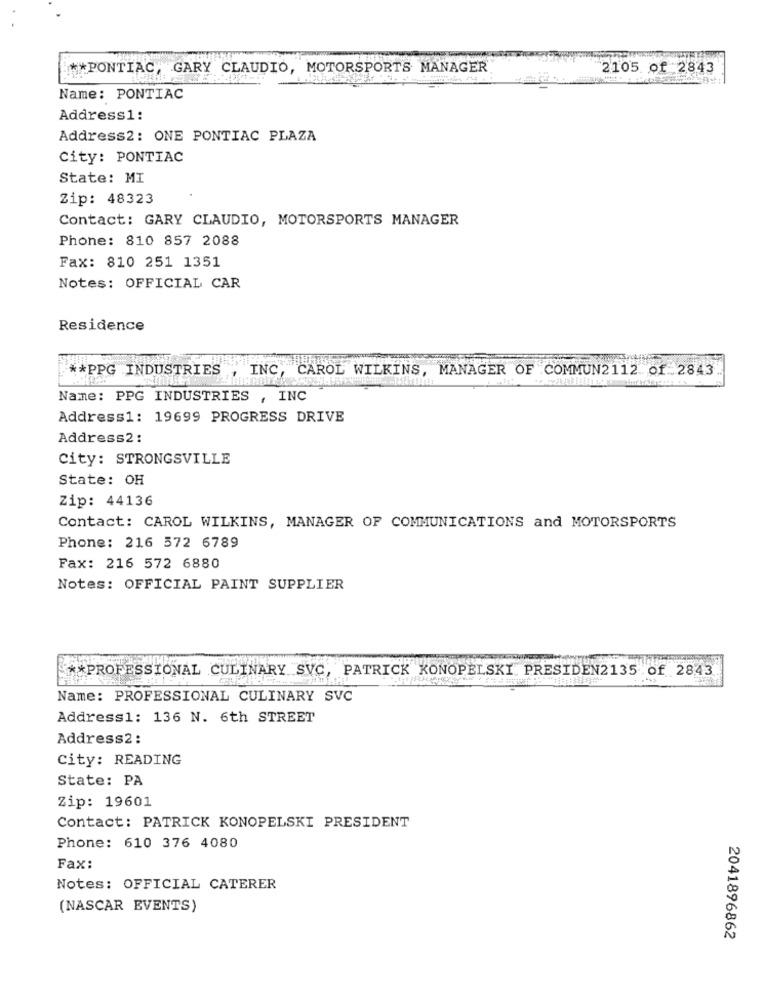
** PONTIAC, GARY CLAUDIO, MOTORSPORTS MANAGER
2105 of 2843
Name: PONTIAC
Address1:
Address2: ONE PONTIAC PLAZA
City: PONTIAC
State: MI
Zip: 48323
Contact: GARY CLAUDIO, MOTORSPORTS MANAGER
Phone: 810 857 2088
Fax: 810 251 1351
Notes: OFFICIAL CAR
Residence
** PPG INDUSTRIES
INC, CAROL WILKINS, MANAGER OF COMMUN2112 of 2843
Name: PPG INDUSTRIES , INC
Address1: 19699 PROGRESS DRIVE
Address2 :
City: STRONGSVILLE
State: OH
Zip: 44136
Contact: CAROL WILKINS, MANAGER OF COMMUNICATIONS and MOTORSPORTS
Phone: 216 572 6789
Fax: 216 572 6880
Notes: OFFICIAL PAINT SUPPLIER
** PROFESSIONAL CULINARY SVC, PATRICK KONOPELSKI PRESIDEN2135 of 2843
Name: PROFESSIONAL CULINARY SVC
Address1: 136 N. 6th STREET
Address2 :
City: READING
State: PA
Zip: 19601
Contact: PATRICK KONOPELSKI PRESIDENT
Phone: 610 376 4080
Fax:
Notes: OFFICIAL CATERER
(NASCAR EVENTS)
2041896862